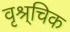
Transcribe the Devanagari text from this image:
वृश्र्चिक